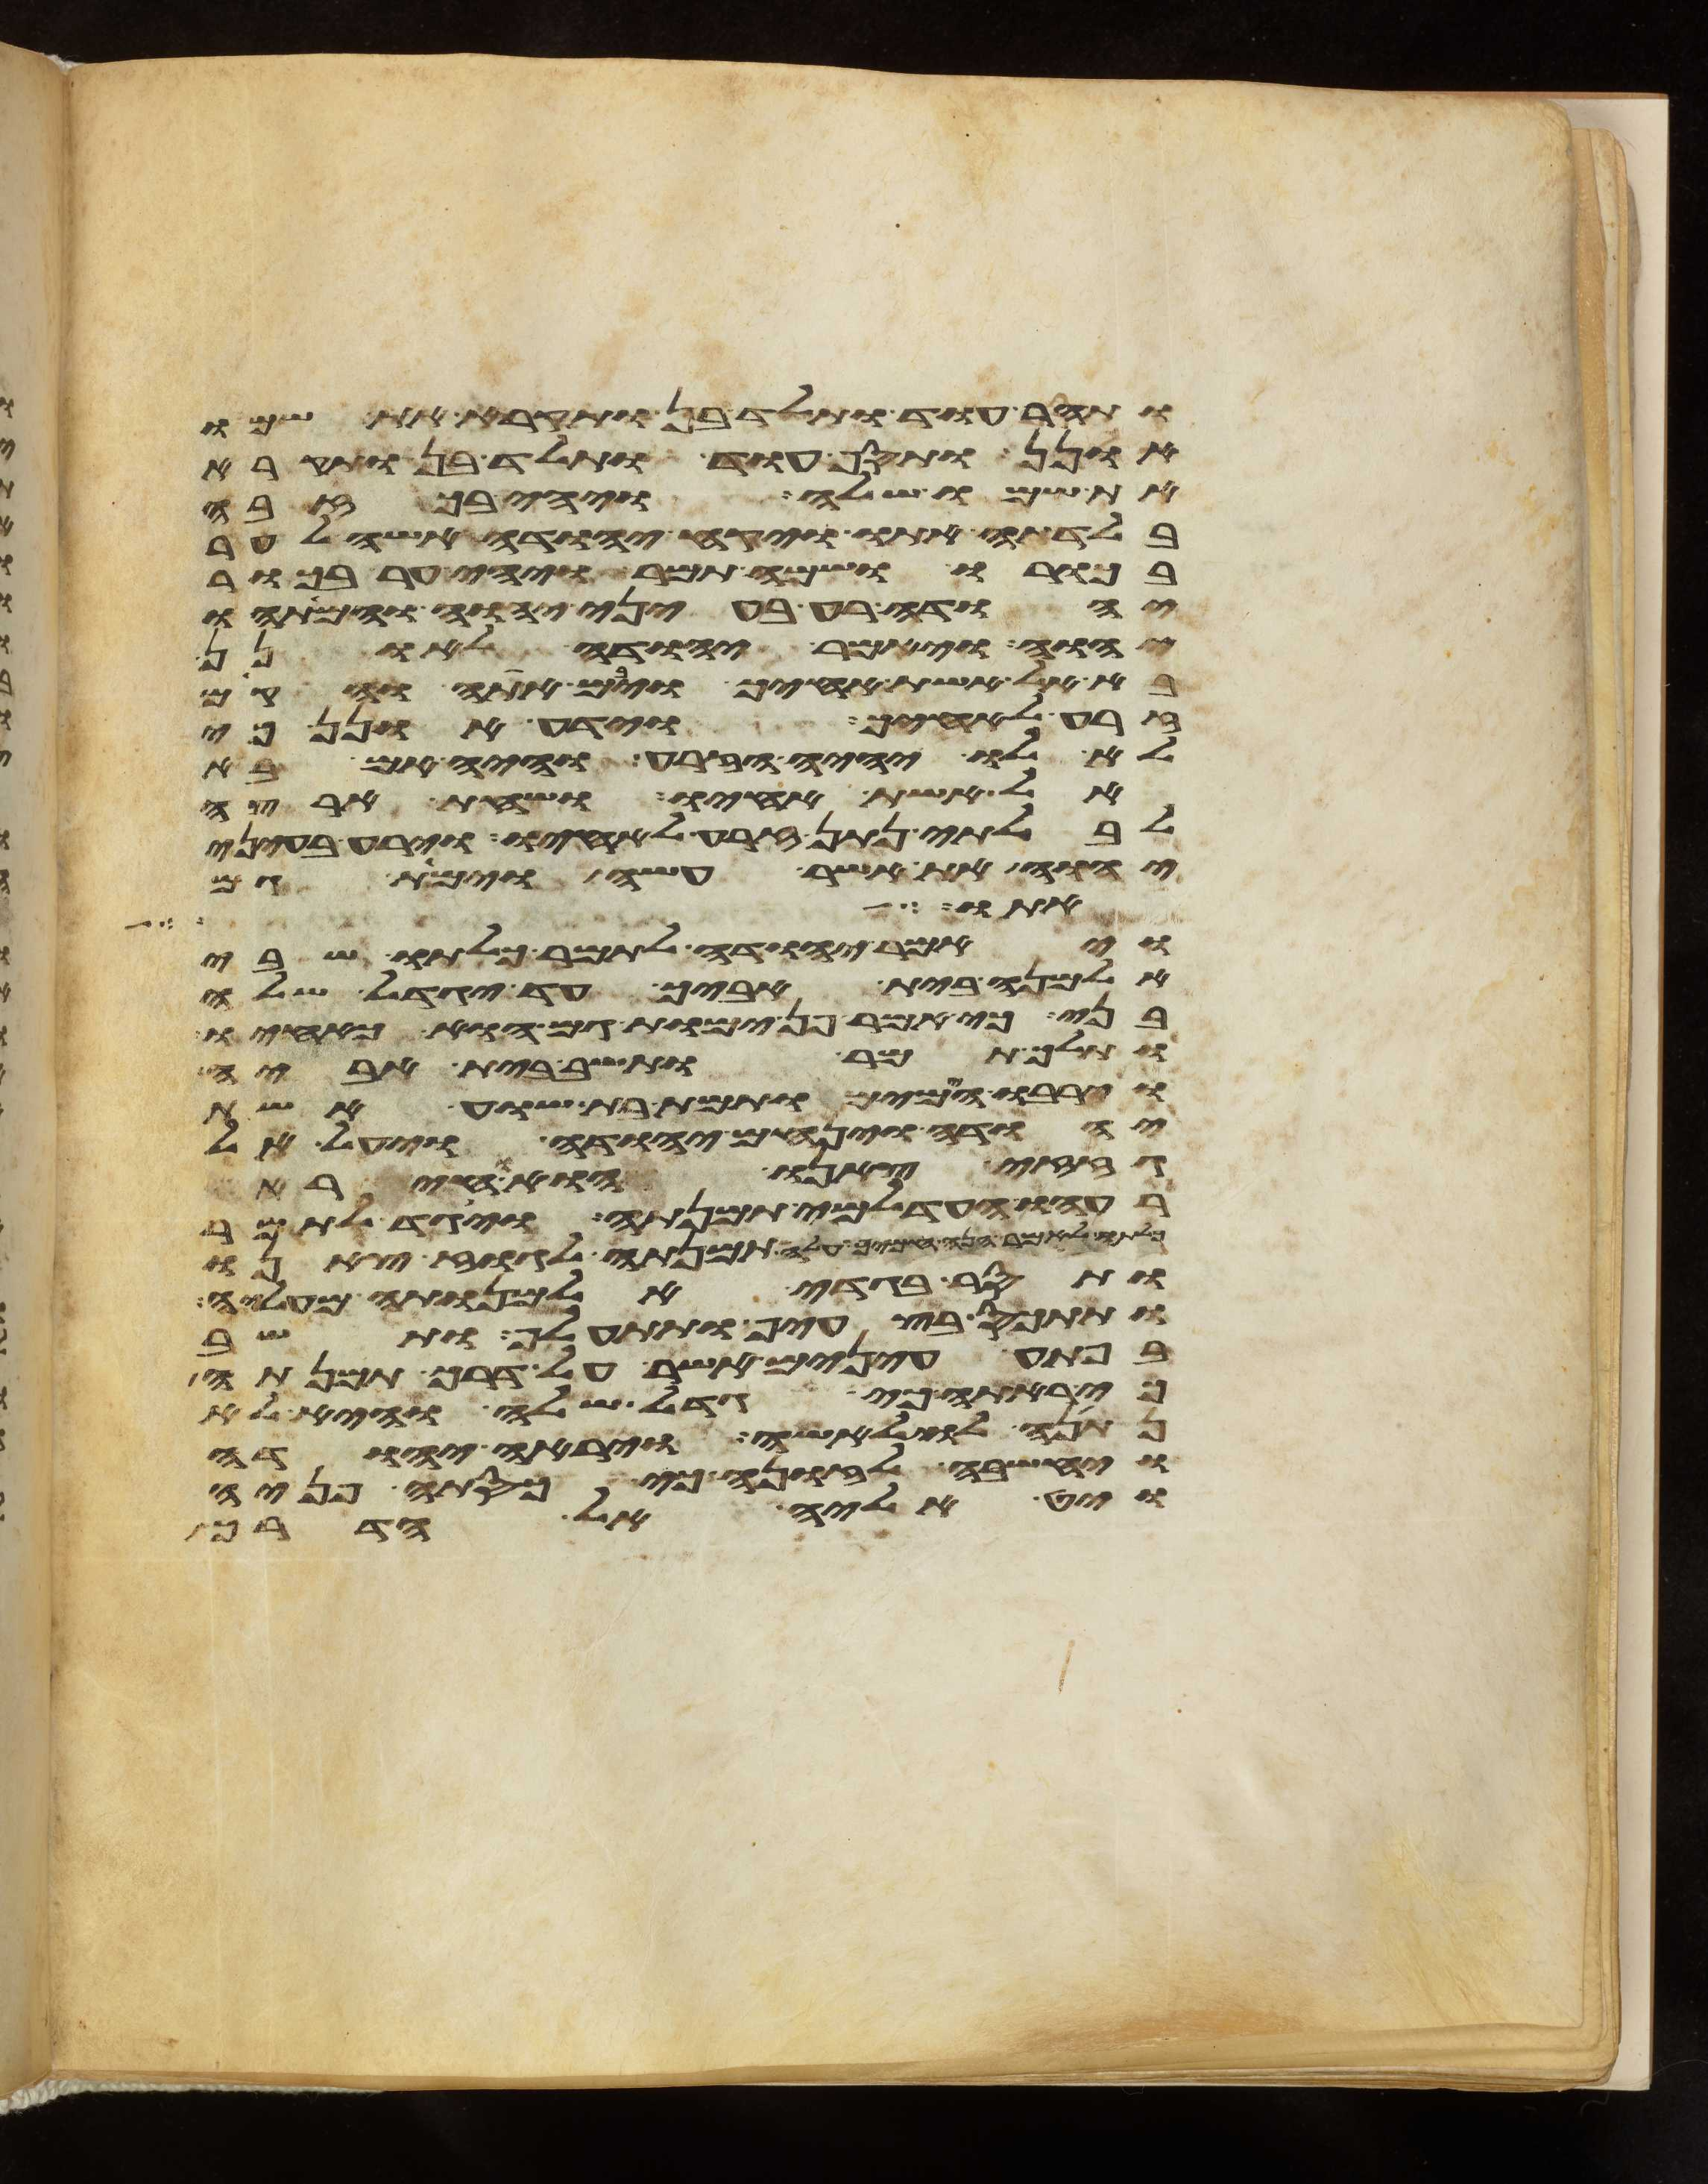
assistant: ותהר עוד ותלד בן ותקרא את שמו
אונן ותסף עוד ותלד בן ותקרא
את שמו שלה ויהי בכזבה
בלדתה אתו ויקח יהודה אשה לער
בכורו ושמה תמר ויהי ער בכור
יהודה רע בעיני יהוה וימתהו
יהוה ויאמר יהודה לאונן
בא אל אשת אחיך ויבם אתה והקם
זרע לאחיך וידע אונן כי
לא לו יהיה הזרע והיה אם בא
אל אשת אחיו ושחת ארצה
לבלתי נתן זרע לאחיו וירע בעיני
יהוה את אשר עשה וימת גם
אתו והיתה
ויאמר יהודה לתמר כלתו שבי
אלמנה בית אביך עד יגדל שלה
בני כי אמר פן ימות גם הוא כאחיו
ותלך תמר ותשב בית אביה
וירבו הימים ותמת בת שוע אשת
יהודה וינחם יהודה ויעל אל
גזזי צאנו הוא וחירה
רעהו העדלמי תמנתה ויגד לתמר
לאמר הנה חמיך עלה תמנתה לגוז צאנו
ותסר בגדי אלמנותה מעליה
ותתכס בצעיף ותתעלף ותשב
בפתע עינים אשר על דרך תמנתה
כי ראתה כי גדל שלה והיא לא
נתנה לו לאשה ויראה יהודה
ויחשבה לזונה כי כסתה פניה
ויט אליה אל הדרך